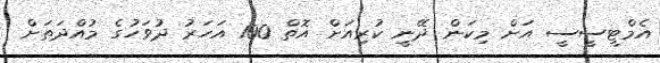
އެމްޓީސީސީ އަށް މިކަން ދޭނީ ކުރިއަށް އޮތް 100 އަހަރު ދުވަހުގެ މުއްދަތަށް